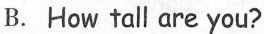
B. How tall are you?